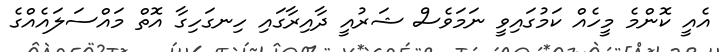
އެއީ ކޮންމެ މީހެއް ކަމުގައިވީ ނަމަވެސް ޝަރުއީ ދާއިރާގައި ހިނގަހިގާ އޮތް މައްސަލައެއްގެ